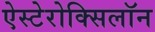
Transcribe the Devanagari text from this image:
ऐस्टेरोक्सिलॉन